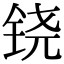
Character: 铙